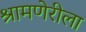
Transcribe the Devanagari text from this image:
श्रामणेरीला